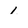
Character: 1